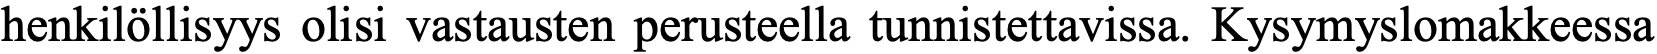
henkilöllisyys olisi vastausten perusteella tunnistettavissa. Kysymyslomakkeessa